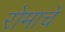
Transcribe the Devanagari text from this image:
रोमाचे